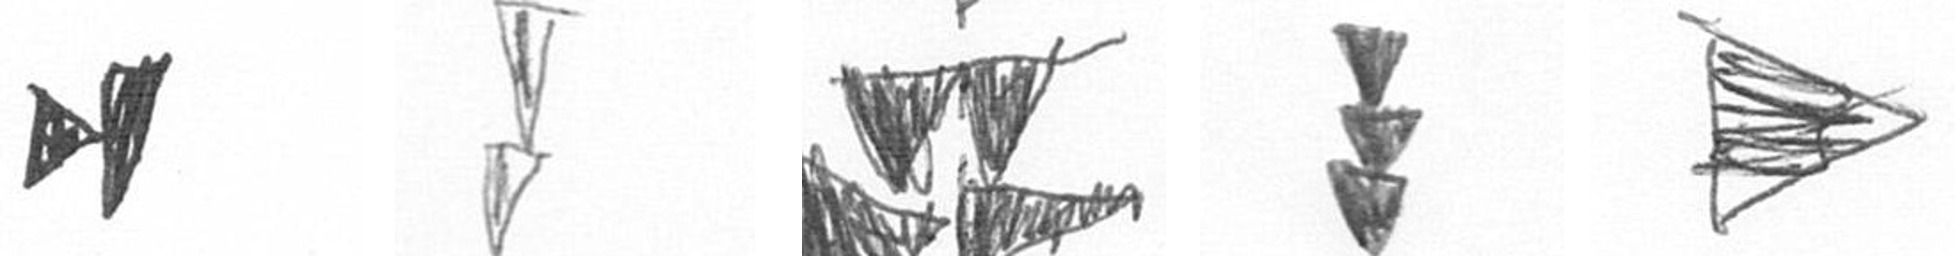
M Z B E T